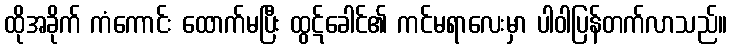
ထိုအခိုက် ကံကောင်း ထောက်မပြီး ထွဋ်ခေါင်၏ ကင်မရာလေးမှာ ပါဝါပြန်တက်လာသည်။